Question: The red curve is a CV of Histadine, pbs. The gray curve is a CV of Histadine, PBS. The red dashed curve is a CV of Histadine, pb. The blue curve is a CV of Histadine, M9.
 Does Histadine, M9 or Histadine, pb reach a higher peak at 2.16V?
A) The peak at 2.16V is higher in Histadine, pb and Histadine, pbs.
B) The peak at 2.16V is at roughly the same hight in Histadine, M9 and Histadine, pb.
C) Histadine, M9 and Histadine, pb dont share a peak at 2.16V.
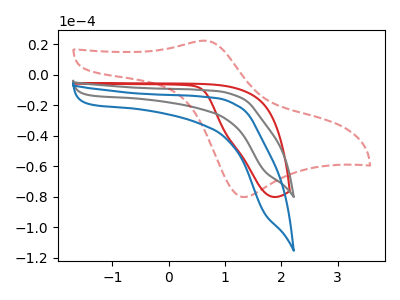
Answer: <think>The red curve "Histadine, pbs" has no peaks. The gray curve "Histadine, PBS" has no peaks. The red dashed curve "Histadine, pb" has an anodic peak at (0.60V, 22.50uA) and a cathodic peak at (1.30V, -80.15uA). The blue curve "Histadine, M9" has no peaks.</think>
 <answer>C) "Histadine, M9" and "Histadine, pb" dont share a peak at 2.16V.</answer>
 <eval>C</eval>